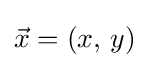
{\vec {x}}=(x,\,y)